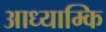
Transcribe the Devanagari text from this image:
आध्याम्कि